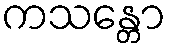
ကသန္တော